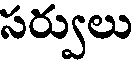
సర్వులు